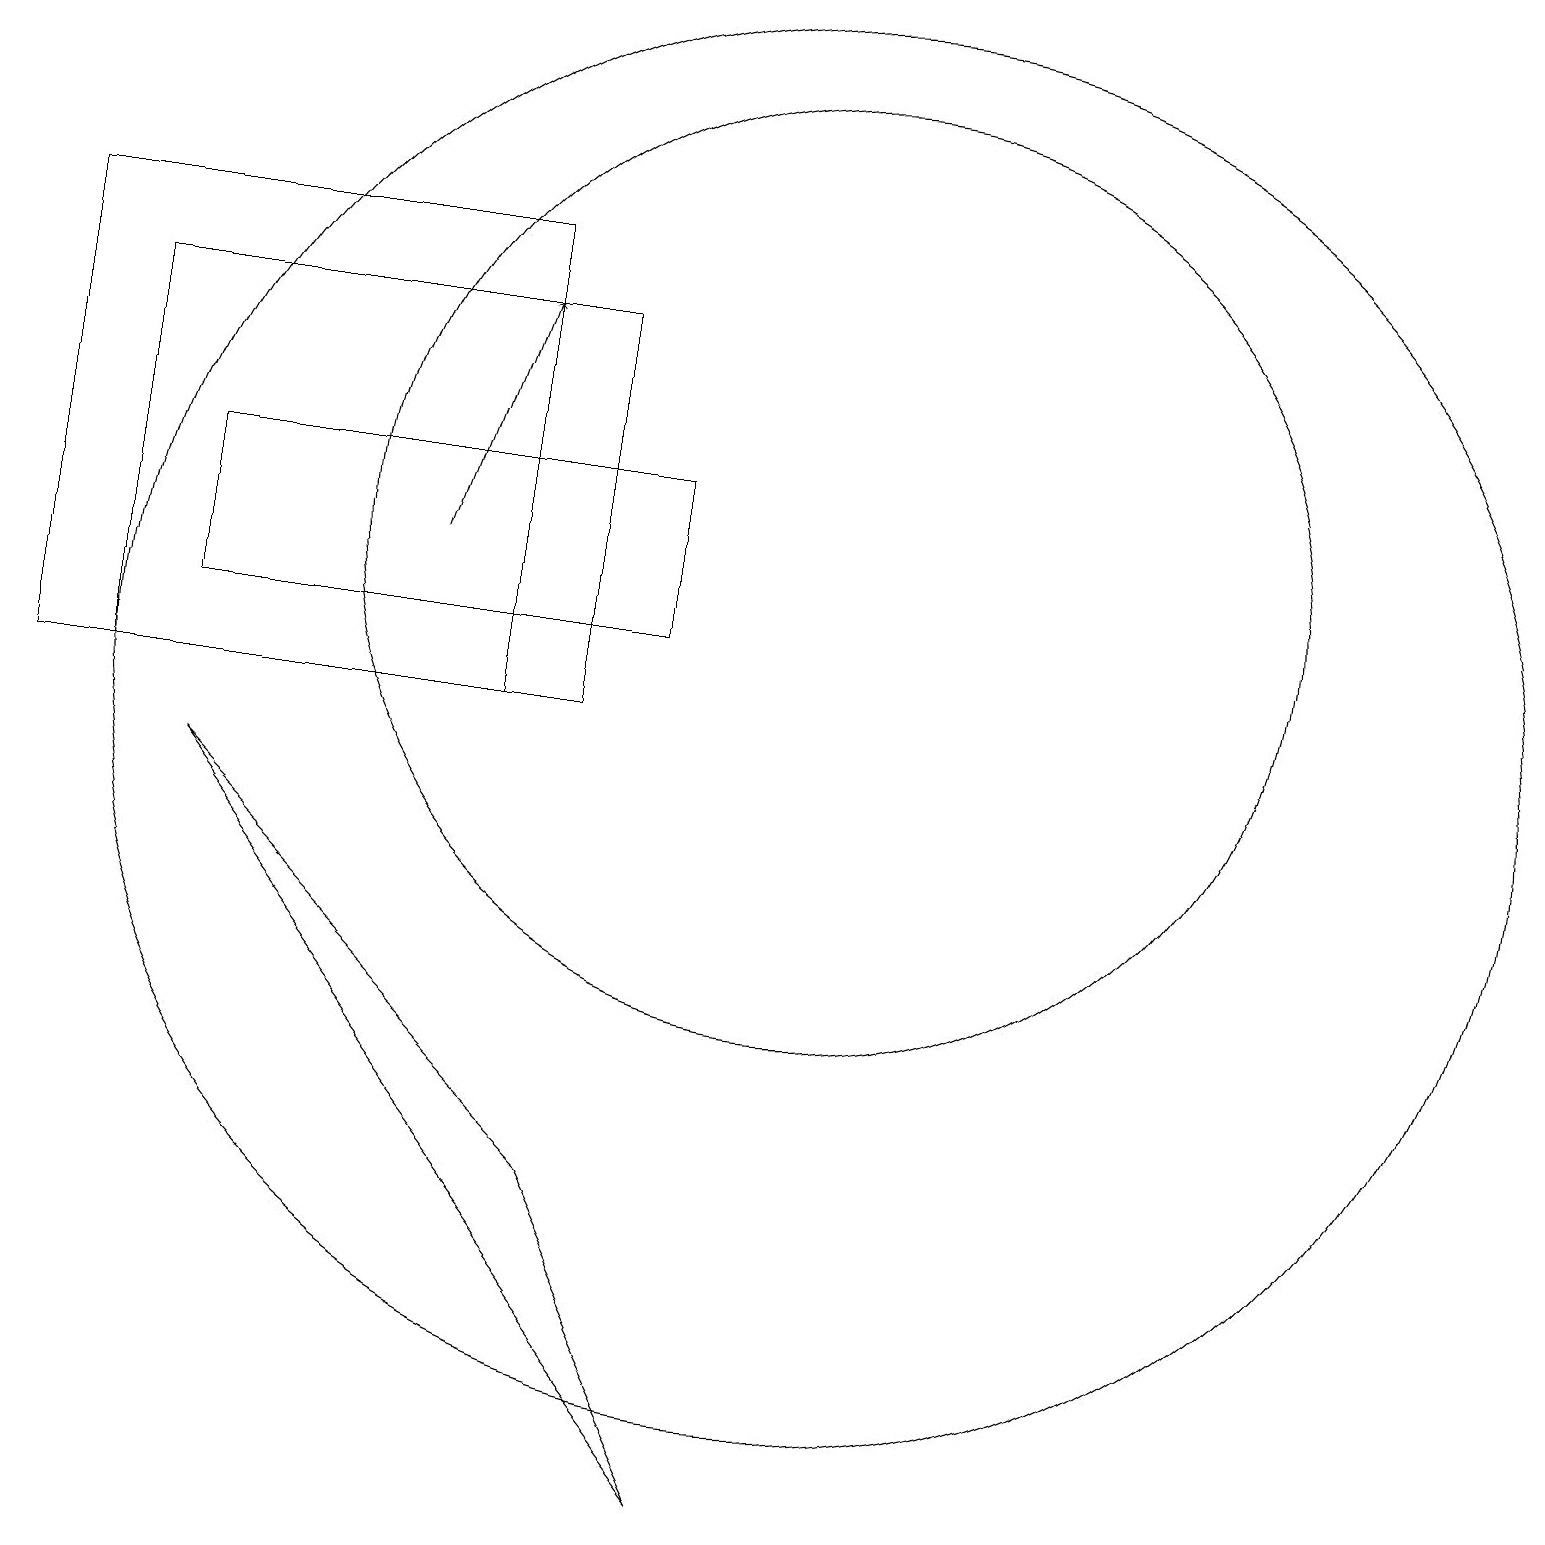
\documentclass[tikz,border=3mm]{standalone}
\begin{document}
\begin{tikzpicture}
\draw (1,15) rectangle (7,10);
\draw (8,11) rectangle (2,13);
\draw (0,16) rectangle (6,10);
\draw (6,12) rectangle (6,12);
\draw (10,10) circle (9);
\draw[->] (5,12) -- (6,15);
\draw (2,9) -- (9,0) -- (7,4) -- cycle;
\draw (10,12) circle (6);
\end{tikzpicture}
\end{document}